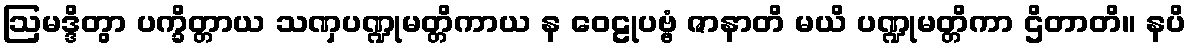
ဩမဒ္ဒိတွာ ပက္ခိတ္တာယ သဏှပဏ္ဍုမတ္တိကာယ န ဝေဠုပဗ္ဗံ ဇာနာတိ မယိ ပဏ္ဍုမတ္တိကာ ဌိတာတိ။ နပိ